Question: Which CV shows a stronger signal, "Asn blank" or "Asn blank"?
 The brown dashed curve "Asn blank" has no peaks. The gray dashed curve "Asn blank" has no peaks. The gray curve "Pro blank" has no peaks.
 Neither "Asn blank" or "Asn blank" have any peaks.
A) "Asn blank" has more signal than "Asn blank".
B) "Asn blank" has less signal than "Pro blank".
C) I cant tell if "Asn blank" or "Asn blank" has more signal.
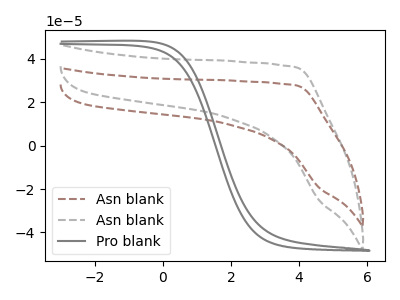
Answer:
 <answer>C) I cant tell if "Asn blank" or "Asn blank" has more signal.</answer>
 <eval>C</eval>